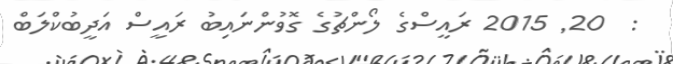
:  20